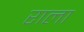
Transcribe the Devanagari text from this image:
राला